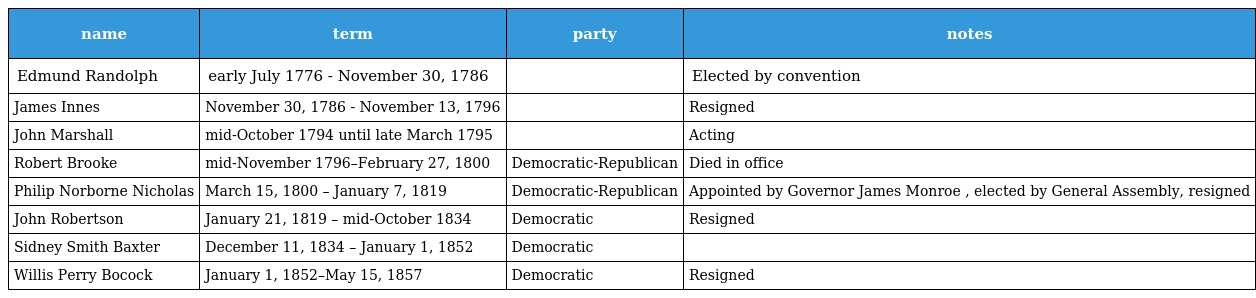
| name | term | party | notes |
 | --- | --- | --- | --- |
 | Edmund Randolph | early July 1776 - November 30, 1786 |  | Elected by convention |
 | James Innes | November 30, 1786 - November 13, 1796 |  | Resigned |
 | John Marshall | mid-October 1794 until late March 1795 |  | Acting |
 | Robert Brooke | mid-November 1796–February 27, 1800 | Democratic-Republican | Died in office |
 | Philip Norborne Nicholas | March 15, 1800 – January 7, 1819 | Democratic-Republican | Appointed by Governor James Monroe , elected by General Assembly, resigned |
 | John Robertson | January 21, 1819 – mid-October 1834 | Democratic | Resigned |
 | Sidney Smith Baxter | December 11, 1834 – January 1, 1852 | Democratic |  |
 | Willis Perry Bocock | January 1, 1852–May 15, 1857 | Democratic | Resigned |